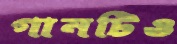
গানটিও